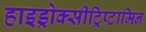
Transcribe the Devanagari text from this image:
हाइड्रोक्सीट्रिप्टामिन